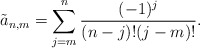
\begin{align*} \tilde{a}_{n,m}=\sum_{j=m}^n\frac{(-1)^j}{(n-j)!(j-m)!}.\end{align*}